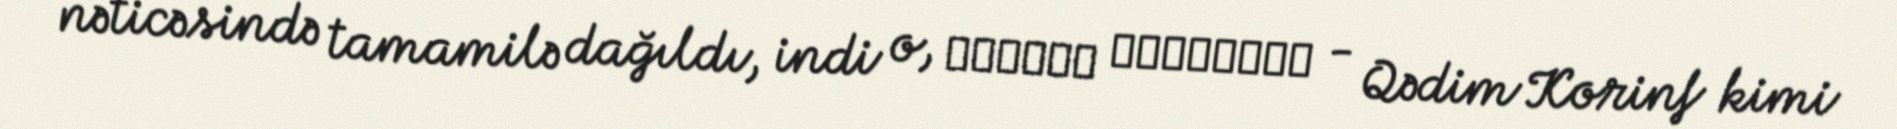
nəticəsində tamamilə dağıldı, indi o, Αρχαία Κόρινθος - Qədim Korinf kimi